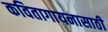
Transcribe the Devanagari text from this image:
कवितागायनासाठी